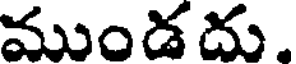
ముండదు.